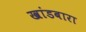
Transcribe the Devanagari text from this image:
खांडबारा